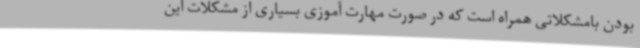
بودن بامشکلاتی همراه است که در صورت مهارت آموزی بسیاری از مشکلات این